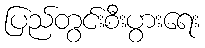
ပြည်တွင်းစီးပွားရေး